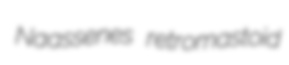
Naassenes retromastoid